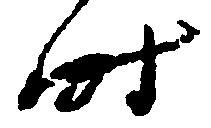
時